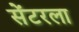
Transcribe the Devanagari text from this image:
सेंटरला